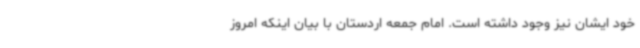
خود ایشان نیز وجود داشته است. امام جمعه اردستان با بیان اینکه امروز